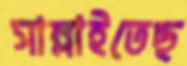
সাম্‌লাইতেছ